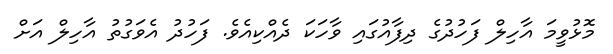
މޮޅުވީމަ އާހިލް ފަހުދުގެ ދިފާއުގައި ވާހަކަ ދެއްކިއެވެ. ފަހުދު އެވަގުތު އާހިލް އަށް